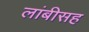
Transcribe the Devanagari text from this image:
लांबीसह